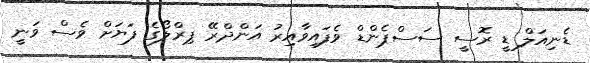
ޑެނިއަލް ޑީ ރޮސީ ސަސްޕެންޑް ވެފައިވާއިރު އަންދްރޭ ޕިރްލޯގެ ފަޔަށް ވެސް ވަނީ